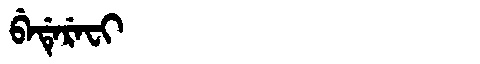
Manchu: ᠪᡝᡩᡝᡵᡝᠸᡳ
Romanization: BEDEREFI